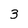
Character: 3